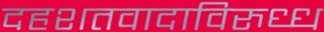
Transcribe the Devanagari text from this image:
दहशतवादाविरुध्ध